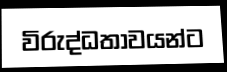
විරුද්ධතාවයන්ට